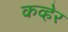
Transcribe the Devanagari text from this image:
कव्हेर